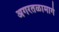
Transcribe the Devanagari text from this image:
अगरतळामार्गे